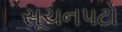
સૂચનપટો